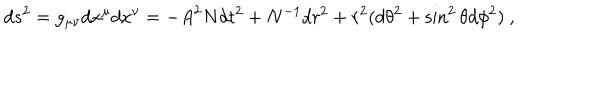
d s ^ { 2 } = g _ { \mu \nu } d x ^ { \mu } d x ^ { \nu } = - { A } ^ { 2 } { N } d t ^ { 2 } + { N } ^ { - 1 } d r ^ { 2 } + r ^ { 2 } ( d \theta ^ { 2 } + \sin ^ { 2 } \theta d \phi ^ { 2 } ) \ ,